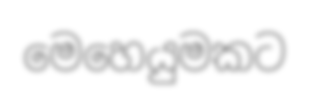
මෙහෙයුමකට